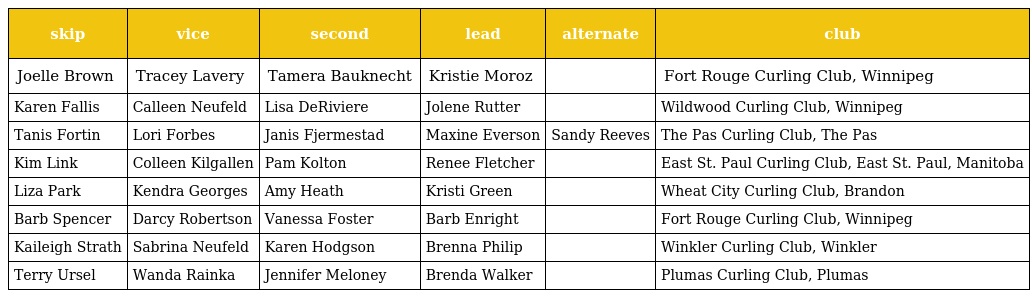
| skip | vice | second | lead | alternate | club |
 | --- | --- | --- | --- | --- | --- |
 | Joelle Brown | Tracey Lavery | Tamera Bauknecht | Kristie Moroz |  | Fort Rouge Curling Club, Winnipeg |
 | Karen Fallis | Calleen Neufeld | Lisa DeRiviere | Jolene Rutter |  | Wildwood Curling Club, Winnipeg |
 | Tanis Fortin | Lori Forbes | Janis Fjermestad | Maxine Everson | Sandy Reeves | The Pas Curling Club, The Pas |
 | Kim Link | Colleen Kilgallen | Pam Kolton | Renee Fletcher |  | East St. Paul Curling Club, East St. Paul, Manitoba |
 | Liza Park | Kendra Georges | Amy Heath | Kristi Green |  | Wheat City Curling Club, Brandon |
 | Barb Spencer | Darcy Robertson | Vanessa Foster | Barb Enright |  | Fort Rouge Curling Club, Winnipeg |
 | Kaileigh Strath | Sabrina Neufeld | Karen Hodgson | Brenna Philip |  | Winkler Curling Club, Winkler |
 | Terry Ursel | Wanda Rainka | Jennifer Meloney | Brenda Walker |  | Plumas Curling Club, Plumas |